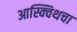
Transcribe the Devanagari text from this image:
आस्क्विथचा